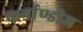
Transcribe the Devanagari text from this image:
फर्नाण्डीज